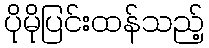
ပိုမိုပြင်းထန်သည့်